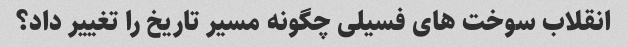
انقلاب سوخت های فسیلی چگونه مسیر تاریخ را تغییر داد؟